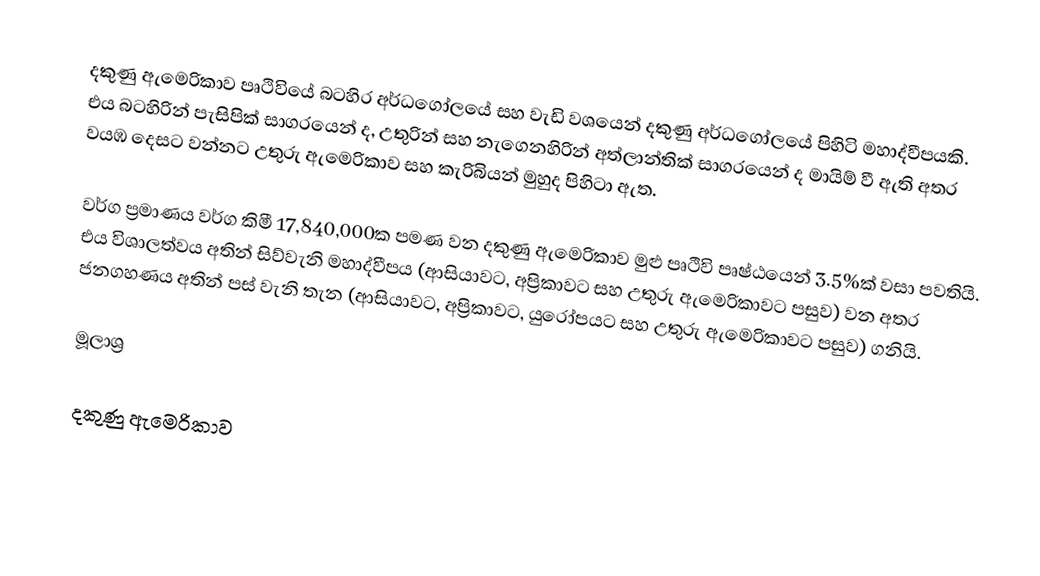
දකුණු ඇමෙරිකාව පෘථිවියේ බටහිර අර්ධගෝලයේ සහ වැඩි වශයෙන් දකුණු අර්ධගෝලයේ පිහිටි මහාද්වීපයකි. එය බටහිරින් පැසිපික් සාගරයෙන් ද, උතුරින් සහ නැගෙනහිරින් අත්ලාන්තික් සාගරයෙන් ද මායිම් වී ඇති අතර වයඹ දෙසට වන්නට උතුරු ඇමෙරිකාව සහ කැරිබියන් මුහුද පිහිටා ඇත.

වර්ග ප්‍රමාණය වර්ග කිමී 17,840,000ක පමණ වන දකුණු ඇමෙරිකාව මුළු පෘථිවි පෘෂ්ඨයෙන් 3.5%ක් වසා පවතියි. එය විශාලත්වය අතින් සිව්වැනි මහාද්වීපය (ආසියාවට, අප්‍රිකාවට සහ උතුරු ඇමෙරිකාවට පසුව) වන අතර ජනගහණය අතින් පස් වැනි තැන (ආසියාවට, අප්‍රිකාවට, යුරෝපයට සහ උතුරු ඇමෙරිකාවට පසුව) ගනියි.

මූලාශ්‍ර

දකුණු ඇමෙරිකාව